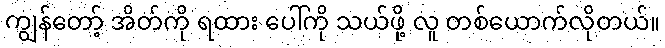
ကျွန်တော့် အိတ်ကို ရထား ပေါ်ကို သယ်ဖို့ လူ တစ်ယောက်လိုတယ်။